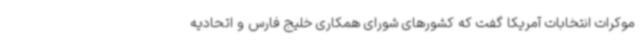
موکرات انتخابات آمریکا گفت که کشورهای شورای همکاری خلیج فارس و اتحادیه